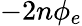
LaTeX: -2n\phi_{e}